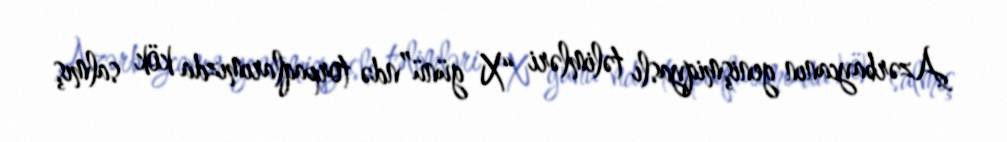
Azərbaycanın genişmiqyaslı təlimləri “X günü”ndə torpaqlarımızda kök salmış